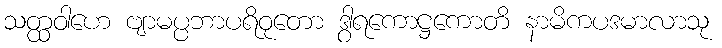
သတ္ထဝါဟေ ဗျာမပ္ပဘာပရိဝုတော ဒွါရကောဋ္ဌကောတိ နာမိကပဒမာလာသု